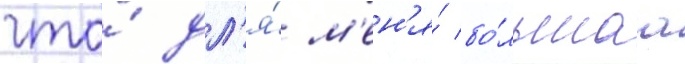
что́ дл'я́ м'ен'я́ бо́льшаа